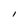
Character: I